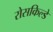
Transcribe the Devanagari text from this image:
रोसकिल्डे